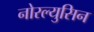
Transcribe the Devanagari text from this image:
नोरल्युसिन